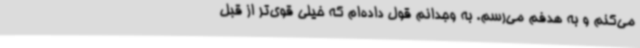
می‌کنم و به هدفم می‌رسم. به وجدانم قول داده‌ام که خیلی قوی‌تر از قبل